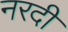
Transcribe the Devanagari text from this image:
नरदी